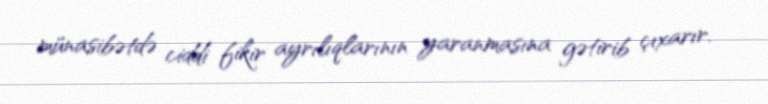
münasibətdə ciddi fikir ayrılıqlarının yaranmasına gətirib çıxarır.